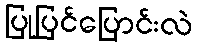
ပြုပြင်ပြောင်းလဲ